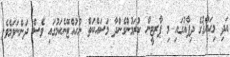
އަދި މިޙައްޤުގެ ދިފާއުގައި މި ޕާރޓީން ކުރަމުންގެންދާ މަސައްކަތް ނުހުއްޓޭނެކަމުގައި ވެސް ދަންނަވަމެވެ.